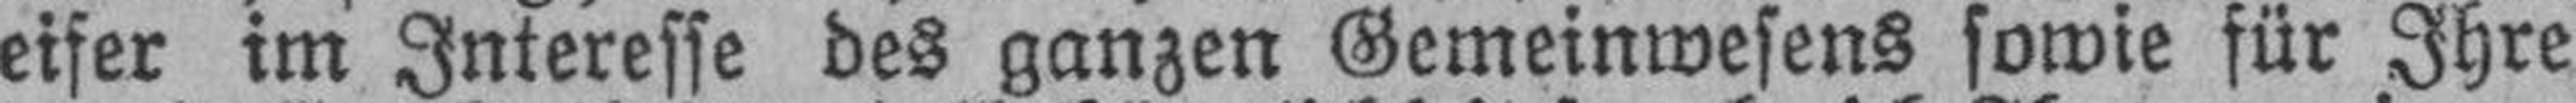
eifer im Interesse des ganzen Gemeinwesens sowie für Ihre